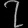
Digit: ၇